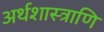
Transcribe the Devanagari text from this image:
अर्थशास्त्राणि